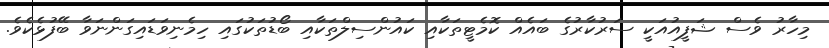
މިހާރު ވެސް ޝަފީއުއަކީ ސަރުކާރުގެ ބައެއް ކޮމެޓީތަކާއި ކައުންސިލްތަކާއި ބޯޑުތަކުގައި ހިމެނިވަޑައިގަންނަވާ ބޭފުޅެކެވެ.